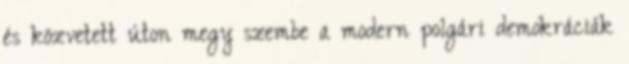
és közvetett úton megy szembe a modern polgári demokráciák